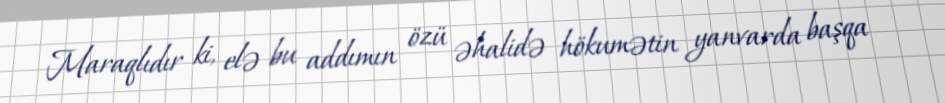
Maraqlıdır ki, elə bu addımın özü əhalidə hökumətin yanvarda başqa